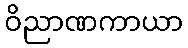
ဝိညာဏကာယာ